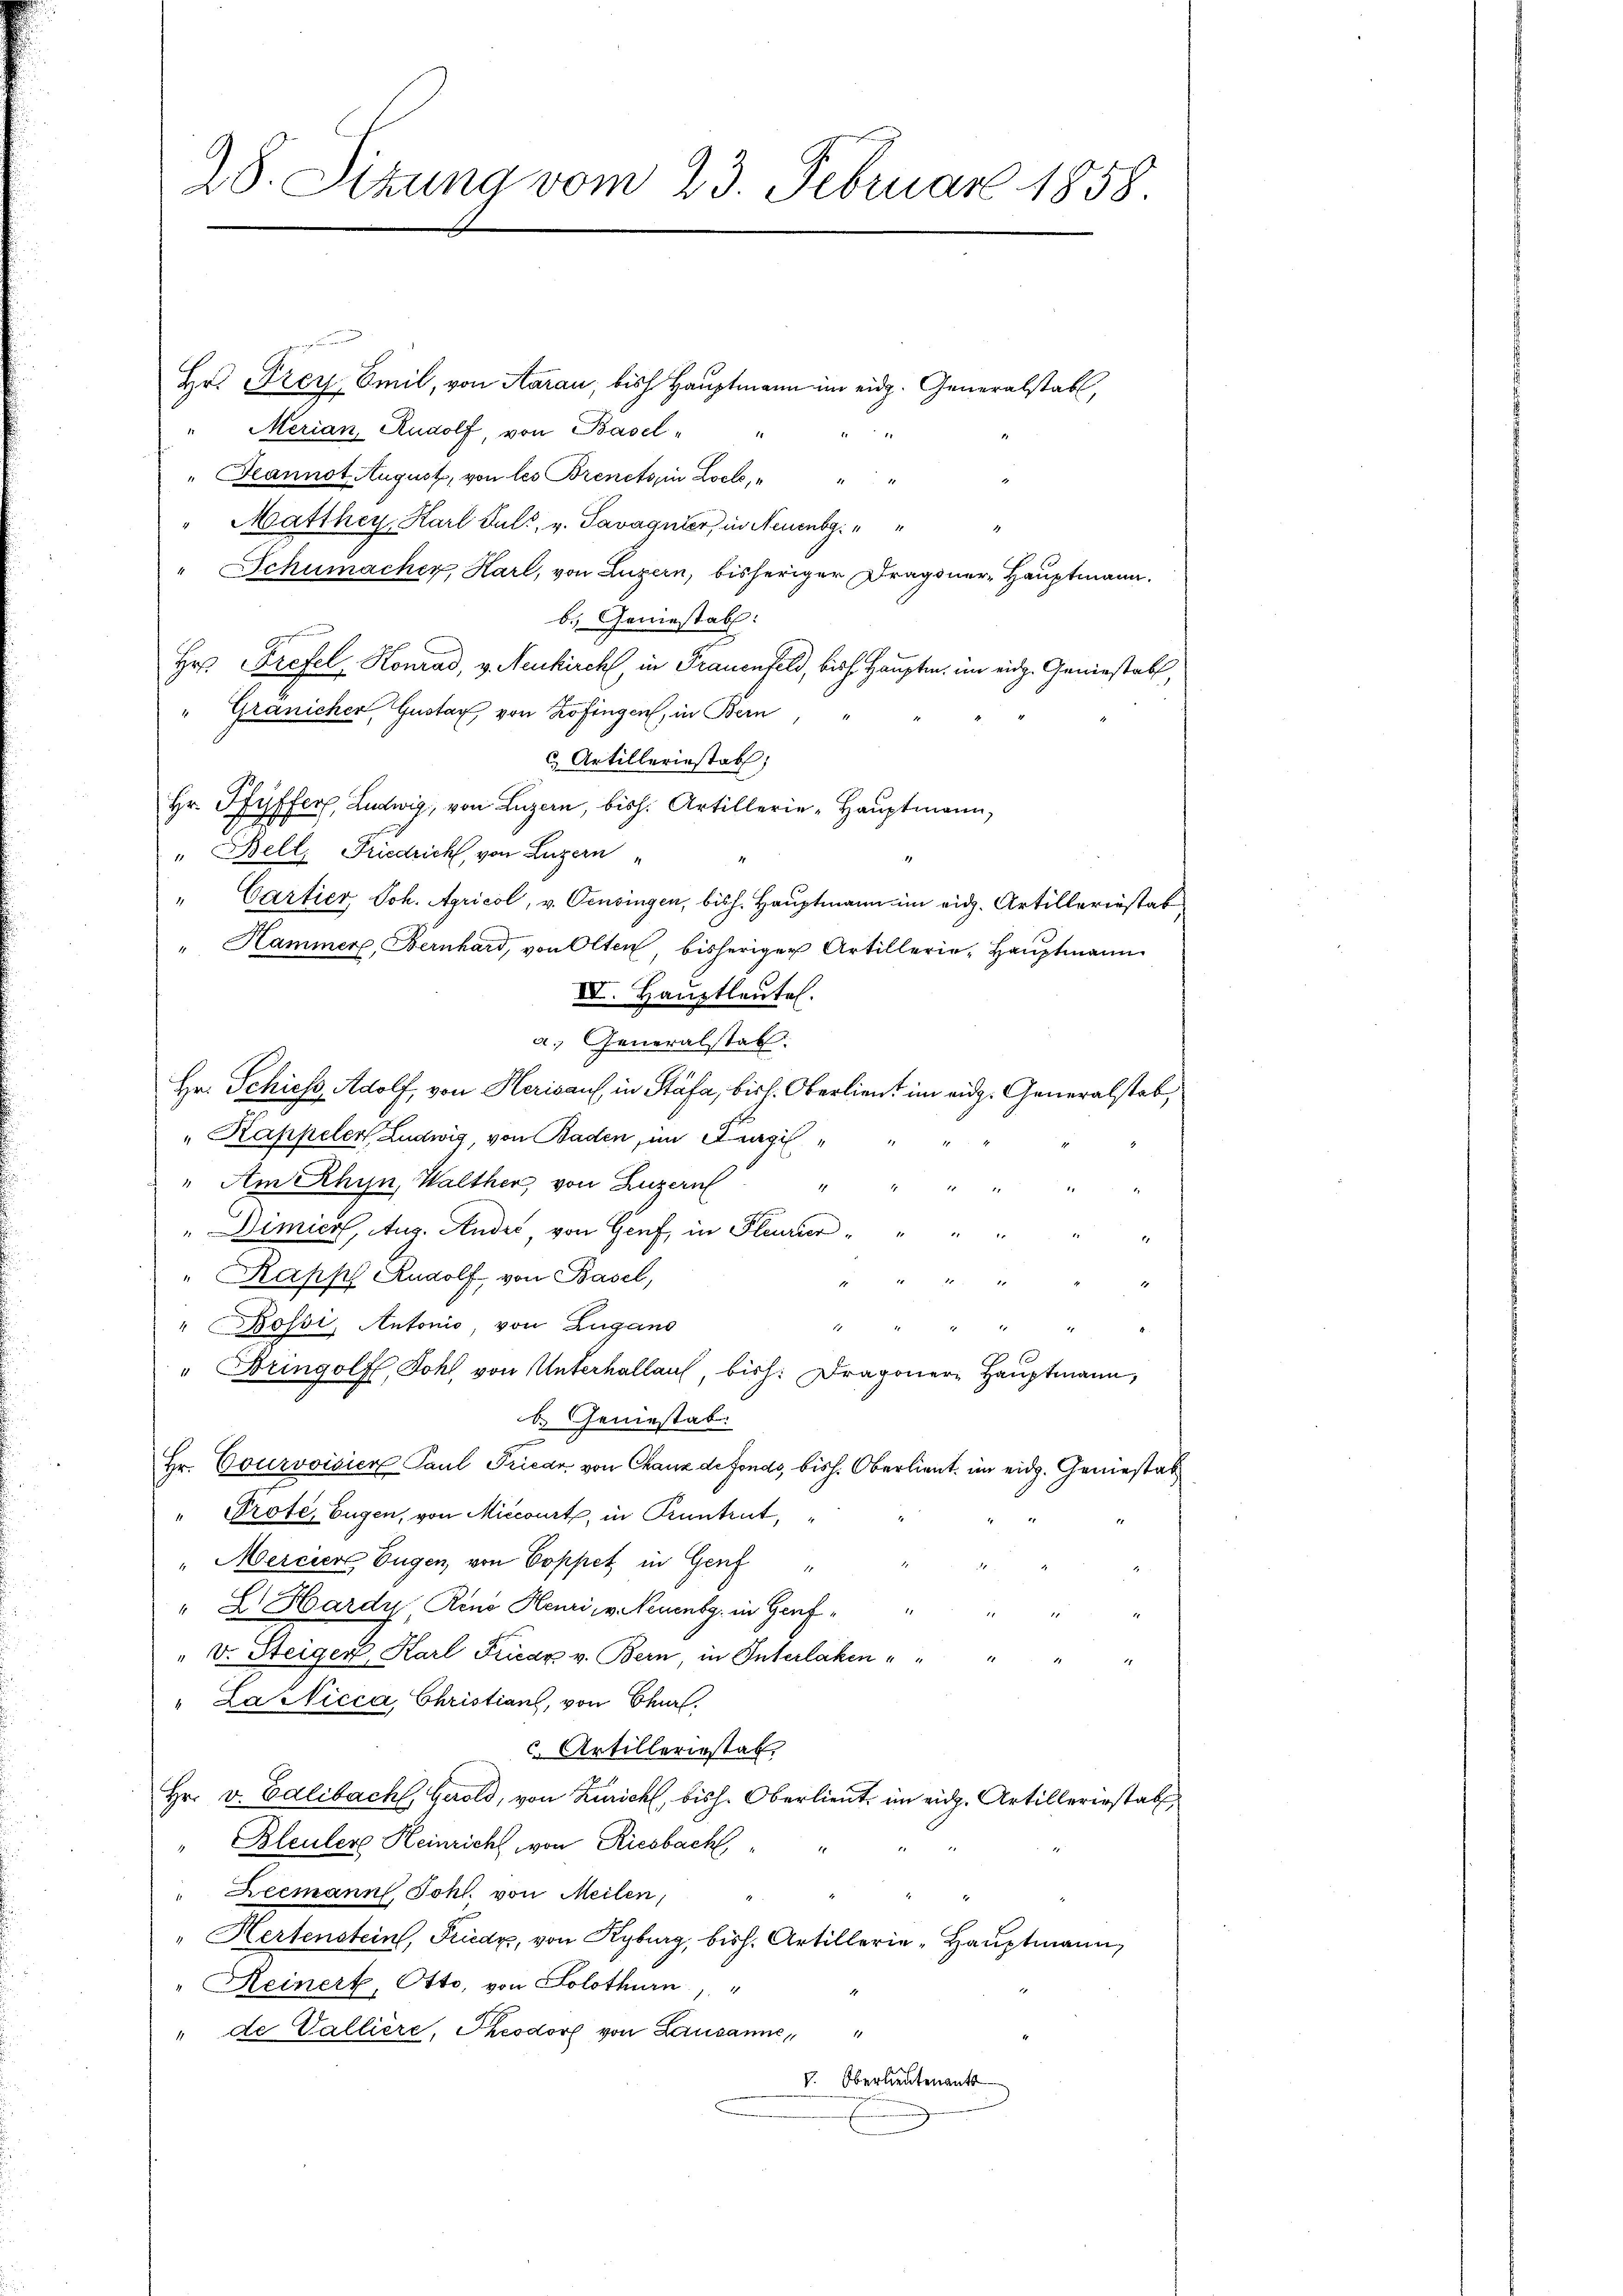
28. Sitzung vom 23. Februar 1858.

Hr. Frey Emil, von Aarau, bish Hauptmann im eidg. Generalstabl,
Merian, Rudolf, von Basel-
11
"Hannot August, von les Brenets in Locl, " " "
"Matthey, Karl Puls, v. Savagnier, in Neuenb
" Schumacher, Harl, von Luzern, bisheriger Dragoner-Hauptmann.
b. Geniestab.
Hr. Prefel, Konrad, v. Neukirch, in Frauenfeld, bisch Hauptm. im eidg. Geniestabl,
" Gränicher, Gnotar, von Kofingen, in Bern
C Artilleriestat
Hr. Pfyffer, Ludwig, von Luzern, bish. Artillerie-Haŭptmann,
" Bell, Friedrich, von Luzern
1
" Cartier, Joh. Agricol, v. Censingen, bish. Hauptmann im eid. Artilleriestat
" Hammere, Bernhard, von Olten, bisheriger Artillerie-Hauptmann
IV. Hauptleute.
a. Generalstab.
Hr. Schiess, Adolf, von Herisauf, in Stäfa, bish. Oberlient im eidg. Generalstab,
" Kappelen Ludwig, von Baden, im Kragis
" Am Rhyn, Walther von Luzern
1
2
" Dimier, Aug. Andes von Genf, in Pleurier " " " "
" Rapph Rudolf von Basel,

" Bossi, Antonio, von Zugano
2
2
" Bringolfl, Dohl von Unterhallauf bisch. Dragonere Hauptmann,
b. Geniestat
Hr. Courvoisier Paul Friedr von Chaux de Fonds, bish. Oberlieut. im eidg. Geniestat
" Prote, Eugen, von Miccourt, in Kuntrut,
Mercier Eugen, von Coppet in Genf
" E. Hardy Rono Heuri, v. Neuenbg. in Genf¬

e
" v. Steiger, Karl Friedr v. Bern in Interlaken " "

"La Nicca, Christians, von Chart.
 Artilleriestat
Hr. v. Ealibach, Gerold, von Zürich, bish. Oberlieut. im eid. Artilleriestatt
Bleuler Heinricht von Riesbach,
" Leemann Johl. von Meilen,
Hertenstein, Friedy, von Kyburg, bish. Artillerie-Hauptmann,
" Heinert, Otto, von Solothurn,
" de Vallière, Keodorf von Lausanne,
V. Oberlieutenants